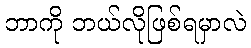
ဘာကို ဘယ်လိုဖြစ်ရမှာလဲ